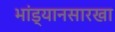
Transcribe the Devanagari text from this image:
भांड्यानसारखा